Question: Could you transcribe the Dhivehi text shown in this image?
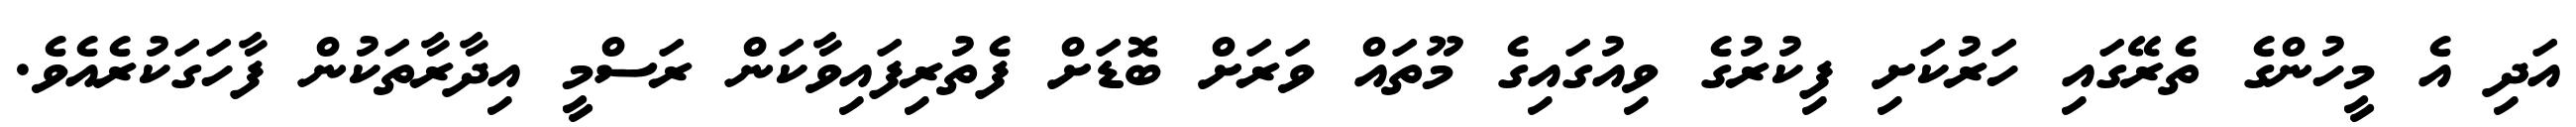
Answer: އަދި އެ މީހުންގެ ތެރޭގައި ހަރުކަށި ފިކުރުގެ ވިއުގައިގެ މޫތައް ވަރަށް ބޮޑަށް ފެތުރިފައިވާކަން ރަސްމީ އިދާރާތަކުން ފާހަގަކުރެއެވެ.